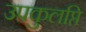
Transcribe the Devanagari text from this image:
उपकुलप्ति